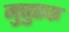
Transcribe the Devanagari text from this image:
मुत्तुएक